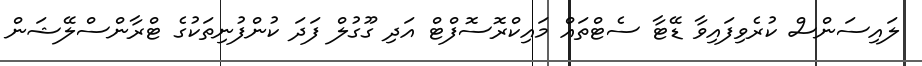
ލައިސަންސް ކުރެވިފައިވާ ޑޭޓާ ސެޓްތައް މައިކްރޮސޮފްޓް އަދި ގޫގުލް ފަދަ ކުންފުނިތަކުގެ ޓްރާންސްލޭޝަން